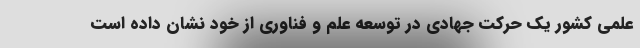
علمی کشور یک حرکت جهادی در توسعه علم و فناوری از خود نشان داده است